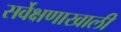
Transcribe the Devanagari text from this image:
सर्वेक्षणाखाली